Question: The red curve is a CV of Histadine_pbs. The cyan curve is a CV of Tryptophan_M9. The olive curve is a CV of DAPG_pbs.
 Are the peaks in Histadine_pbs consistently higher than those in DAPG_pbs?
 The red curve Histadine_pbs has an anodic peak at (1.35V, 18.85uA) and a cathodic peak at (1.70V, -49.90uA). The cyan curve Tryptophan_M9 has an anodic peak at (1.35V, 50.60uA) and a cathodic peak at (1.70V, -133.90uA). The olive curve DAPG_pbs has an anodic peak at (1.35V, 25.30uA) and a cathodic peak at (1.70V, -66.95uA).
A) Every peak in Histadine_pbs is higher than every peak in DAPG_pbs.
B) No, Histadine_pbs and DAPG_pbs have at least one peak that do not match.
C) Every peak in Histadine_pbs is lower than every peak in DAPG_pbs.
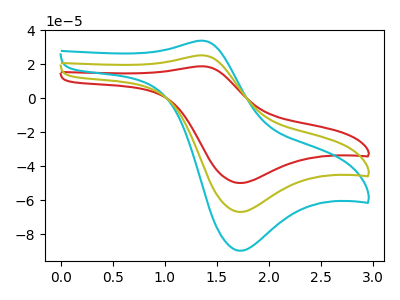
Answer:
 <answer>C) Every peak in "Histadine_pbs" is lower than every peak in "DAPG_pbs".</answer>
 <eval>C</eval>